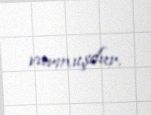
vurmuşdur.